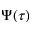
\Psi ( \tau )